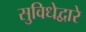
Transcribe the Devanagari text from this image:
सुविधेद्वारे